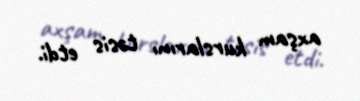
axşam kurslarını təsis etdi.